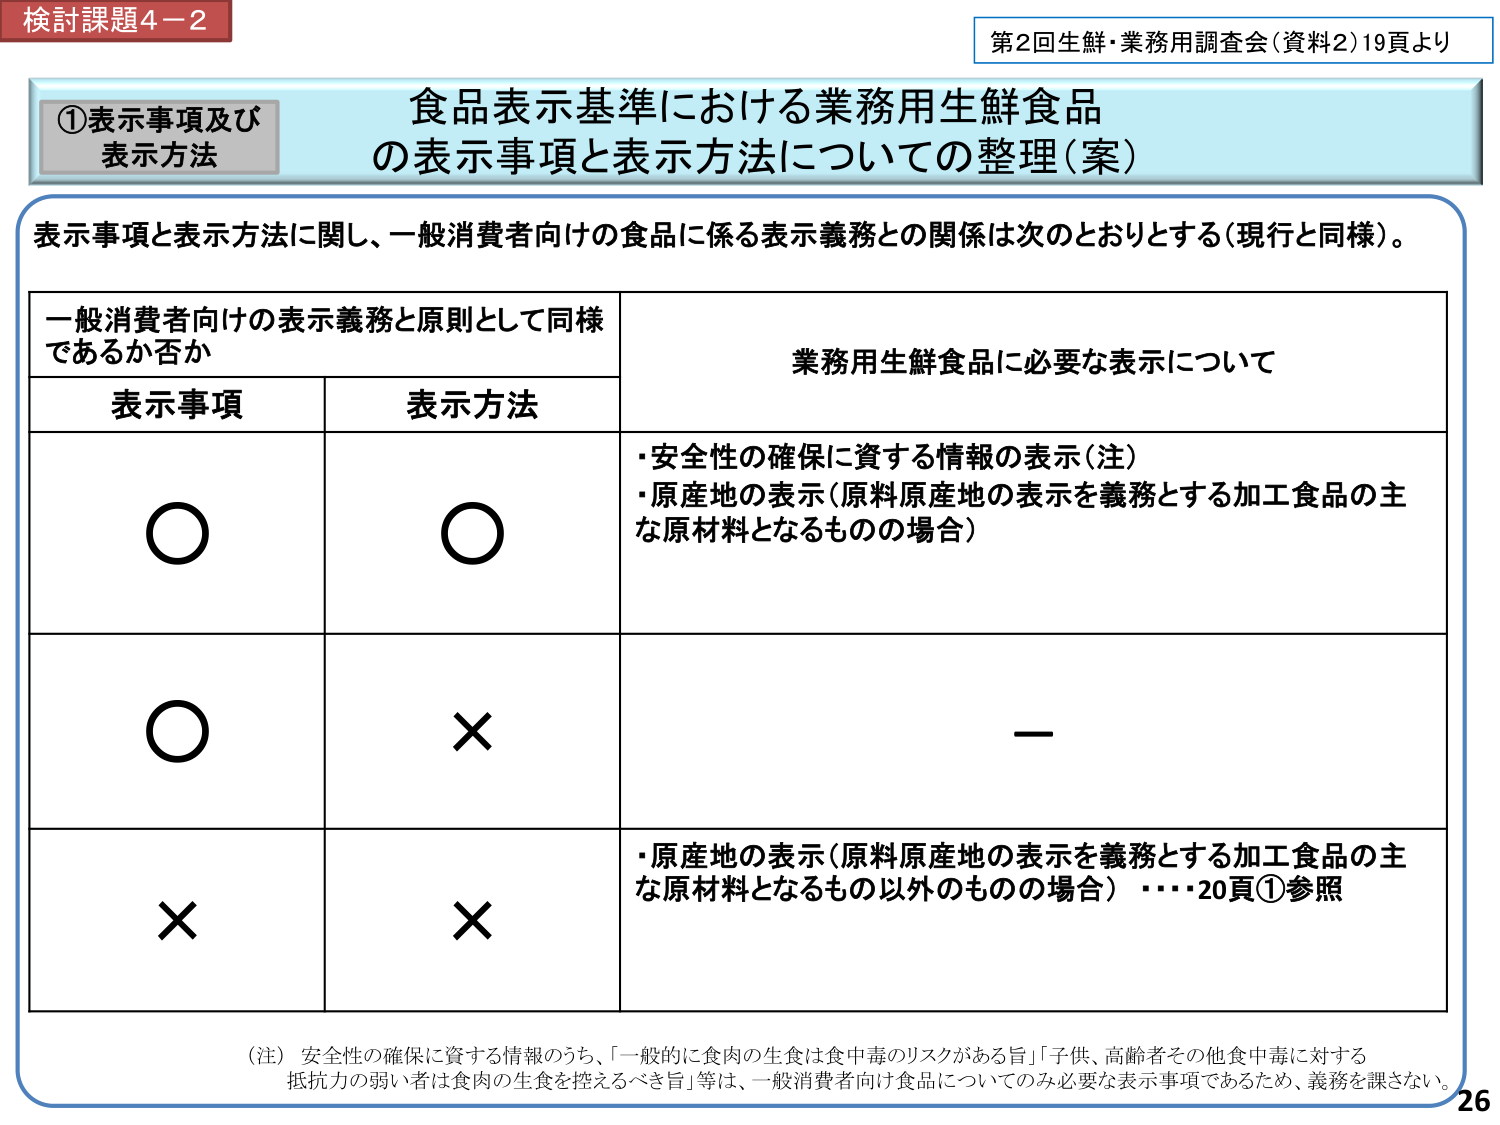
検討課題4－2
第2回生鮮・業務用調査会（資料2）19頁より

①表示事項及び
表示方法

食品表示基準における業務用生鮮食品
の表示事項と表示方法についての整理（案）

表示事項と表示方法に関し、一般消費者向けの食品に係る表示義務との関係は次のとおりとする（現行と同様）。

一般消費者向けの表示義務と原則として同様
であるか否か
表示事項 表示方法 業務用生鮮食品に必要な表示について

○ ○ ・安全性の確保に資する情報の表示（注）
・原産地の表示（原料原産地の表示を義務とする加工食品の主な原材料となるものの場合）

○ × －

× × ・原産地の表示（原料原産地の表示を義務とする加工食品の主な原材料となるもの以外のものの場合） ・・・20頁①参照

（注） 安全性の確保に資する情報のうち、「一般的に食肉の生食は食中毒のリスクがある旨」「子供、高齢者その他食中毒に対する抵抗力の弱い者は食肉の生食を控えるべき旨」等は、一般消費者向け食品についてのみ必要な表示事項であるため、義務を課さない。

26